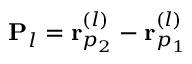
{ \bf P } _ { l } = { \bf r } _ { p _ { 2 } } ^ { ( l ) } - { \bf r } _ { p _ { 1 } } ^ { ( l ) }